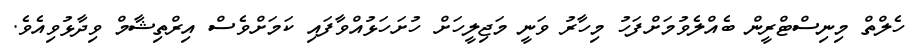
ހެލްތް މިނިސްޓްރީން ބެއްލެވުމަށްފަހު މިހާރު ވަނީ މަޖިލީހަށް ހުށަހަޅުއްވާފައި ކަމަށްވެސް އިރްތިޝާމް ވިދާޅުވިއެވެ.